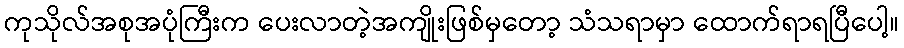
ကုသိုလ်အစုအပုံကြီးက ပေးလာတဲ့အကျိုးဖြစ်မှတော့ သံသရာမှာ ထောက်ရာရပြီပေါ့။